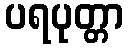
ပရပုတ္တာ